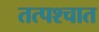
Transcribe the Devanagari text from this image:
तत्‍पश्‍चात